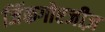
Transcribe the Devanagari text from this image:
जिंकगोएजीज़